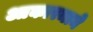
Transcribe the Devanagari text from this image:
आकारमाने